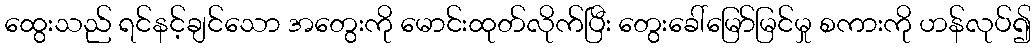
ထွေးသည် ရင်နင့်ချင်သော အတွေးကို မောင်းထုတ်လိုက်ပြီး တွေးခေါ်မြော်မြင်မှု စကားကို ဟန်လုပ်၍